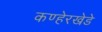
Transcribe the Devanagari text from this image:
कण्हेरखेडे